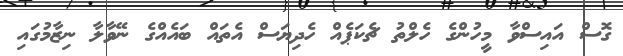
ގޮސް އައިސްވާ މީހުންގެ ހެލްތު ޗެކަޕެއް ހެދިޔަސް އެތައް ބައެއްގެ ނޭވާލާ ނިޒާމުގައި